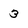
Character: 3